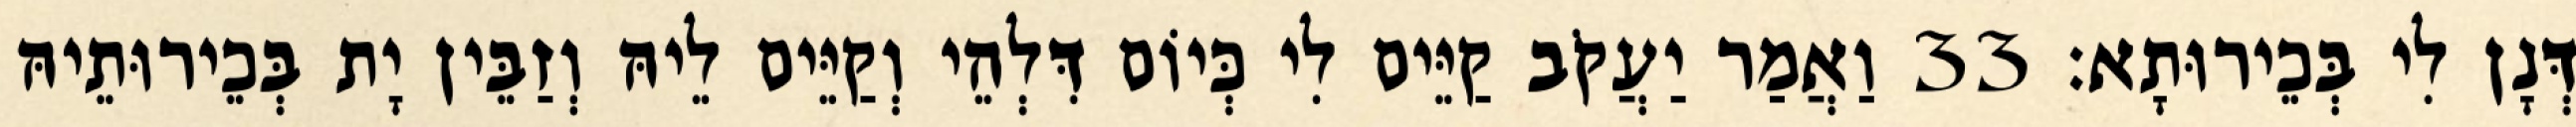
דְּנָן לִי בְּכֵירוּתָא׃ 33 וַאֲמַר יַעֲקֹב קַיֵּים לִי כְּיוֹם דִּלְהֵי וְקַיֵּים לֵיהּ וְזַבֵּין יָת בְּכֵירוּתֵיהּ